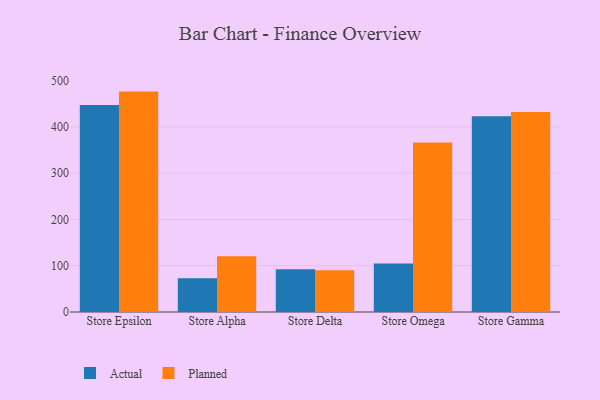
{"axis": {"x": "Store", "y": "LTV (USD)"}, "legend": ["Actual", "Planned"], "data": [{"x": "Store Epsilon", "y": 447.4, "type": "Actual"}, {"x": "Store Epsilon", "y": 476.1, "type": "Planned"}, {"x": "Store Alpha", "y": 72.8, "type": "Actual"}, {"x": "Store Alpha", "y": 120.6, "type": "Planned"}, {"x": "Store Delta", "y": 92.6, "type": "Actual"}, {"x": "Store Delta", "y": 90.2, "type": "Planned"}, {"x": "Store Omega", "y": 104.9, "type": "Actual"}, {"x": "Store Omega", "y": 365.9, "type": "Planned"}, {"x": "Store Gamma", "y": 422.7, "type": "Actual"}, {"x": "Store Gamma", "y": 431.9, "type": "Planned"}]}